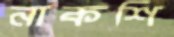
নাকশি